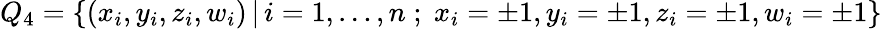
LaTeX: {Q}_{4}=\{ (x_{i},y_{i},z_{i},w_{i})\, |\, i=1,\ldots,n\; ;\; x_{i}=\pm 1,y_{i}=\pm 1,z_{i}=\pm 1,w_{i}=\pm 1\}